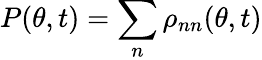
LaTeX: P(\theta,t)=\sum_{n}\rho_{nn}(\theta,t)